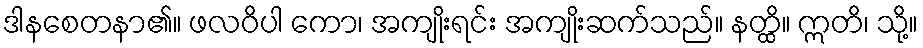
ဒါနစေတနာ၏။ ဖလဝိပါ ကော၊ အကျိုးရင်း အကျိုးဆက်သည်။ နတ္ထိ။ ဣတိ၊ သို့။